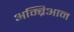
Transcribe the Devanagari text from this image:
अम्ब्रिआन